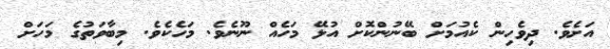
އަށެވެ. ދިވެހިން ކެއުމަށް ބޭނުންކޮށް އުޅޭ މަހެއް ނޫނެވެ. މަހެކެވެ. މިބާވަތުގެ މަހަށް